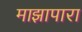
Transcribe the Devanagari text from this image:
माझापारा